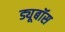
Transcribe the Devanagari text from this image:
ड्यूबॉस